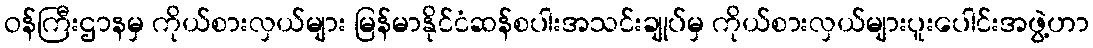
ဝန်ကြီးဌာနမှ ကိုယ်စားလှယ်များ မြန်မာနိုင်ငံဆန်စပါးအသင်းချုပ်မှ ကိုယ်စားလှယ်များပူးပေါင်းအဖွဲ့ဟာ